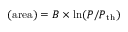
\mathrm { ( a r e a ) } = B \times \ln ( P / P _ { \mathrm { t h } } )